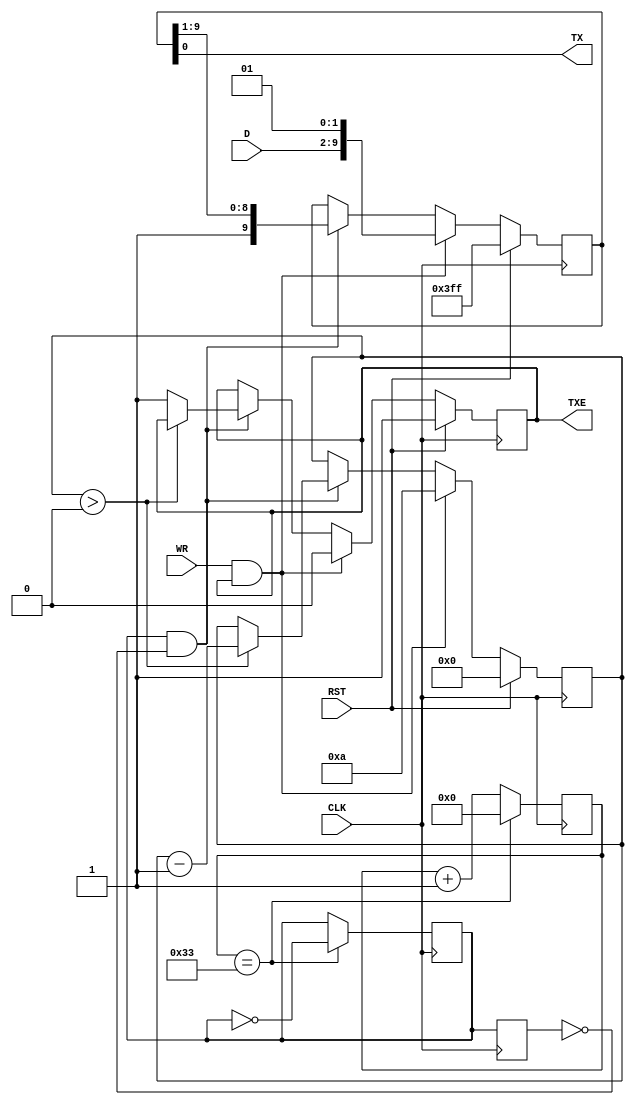
`timescale 1ns / 1ps
//////////////////////////////////////////////////////////////////////////////////
// Company: AGH
// 
// Design Name: 	 UART_memory
// Module Name:    UART_memory 
// Project Name:   UART_memory
// Target Devices: 
// Tool versions: 
// Description: 
//
// Dependencies:
//
// Revision: 
// Revision 1.0
//
//
//////////////////////////////////////////////////////////////////////////////////
module UART_Tx(
	input CLK,
	input [7:0]D,
	input WR,
	input RST,
	output TX,
	output reg TXE = 1'b1
   );
	
parameter CLOCK = 1_000_000;
parameter BAUD_RATE = 9_600;

localparam CLK_DIV = CLOCK/(BAUD_RATE*2);
reg [$clog2(CLK_DIV)-1:0]baud_counter = 0;

reg prev_CLK_B;
reg CLK_B = 1'b0; 

reg [9:0]send_reg = 10'h3FF;
reg [3:0]counter = 0;

assign TX = send_reg[0]; 

// clock gen
always @ (posedge CLK) begin 
	prev_CLK_B <= CLK_B;
	baud_counter <= baud_counter+1'b1;
	if ( baud_counter == CLK_DIV-1) begin
		baud_counter <=0; 
		CLK_B <= ~CLK_B;
	end
end

// uart tx logic
always @(posedge CLK) begin
	if (RST == 1'b1) begin
		send_reg <= 10'h3FF;
		counter <= 0;
		TXE <= 1'b1;
	end
	else if (WR == 1'b1 && TXE) begin
		send_reg <= {D, 1'b0, 1'b1};
		counter <= 10;
		TXE <= 1'b0;
	end
	else if(CLK_B == 1'b1 && prev_CLK_B == 1'b0) begin
		send_reg <= {1'b1, send_reg[9:1]};
		if(counter > 0) begin
			counter <= counter - 1'b1;
		end else begin
			TXE <= 1'b1;
		end
	end
end

endmodule